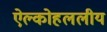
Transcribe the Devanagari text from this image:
ऐल्कोहललीय